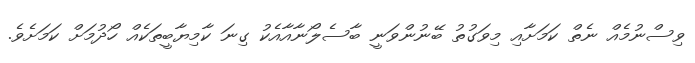
ވިސްނުމެއް ނެތް ކަމަށާއި މިވަގުތު ބޭނުންވަނީ ބާސެލޯނާއާއެކު ގިނަ ކާމިޔާބީތަކެއް ހޯދުމަށް ކަމަށެވެ.